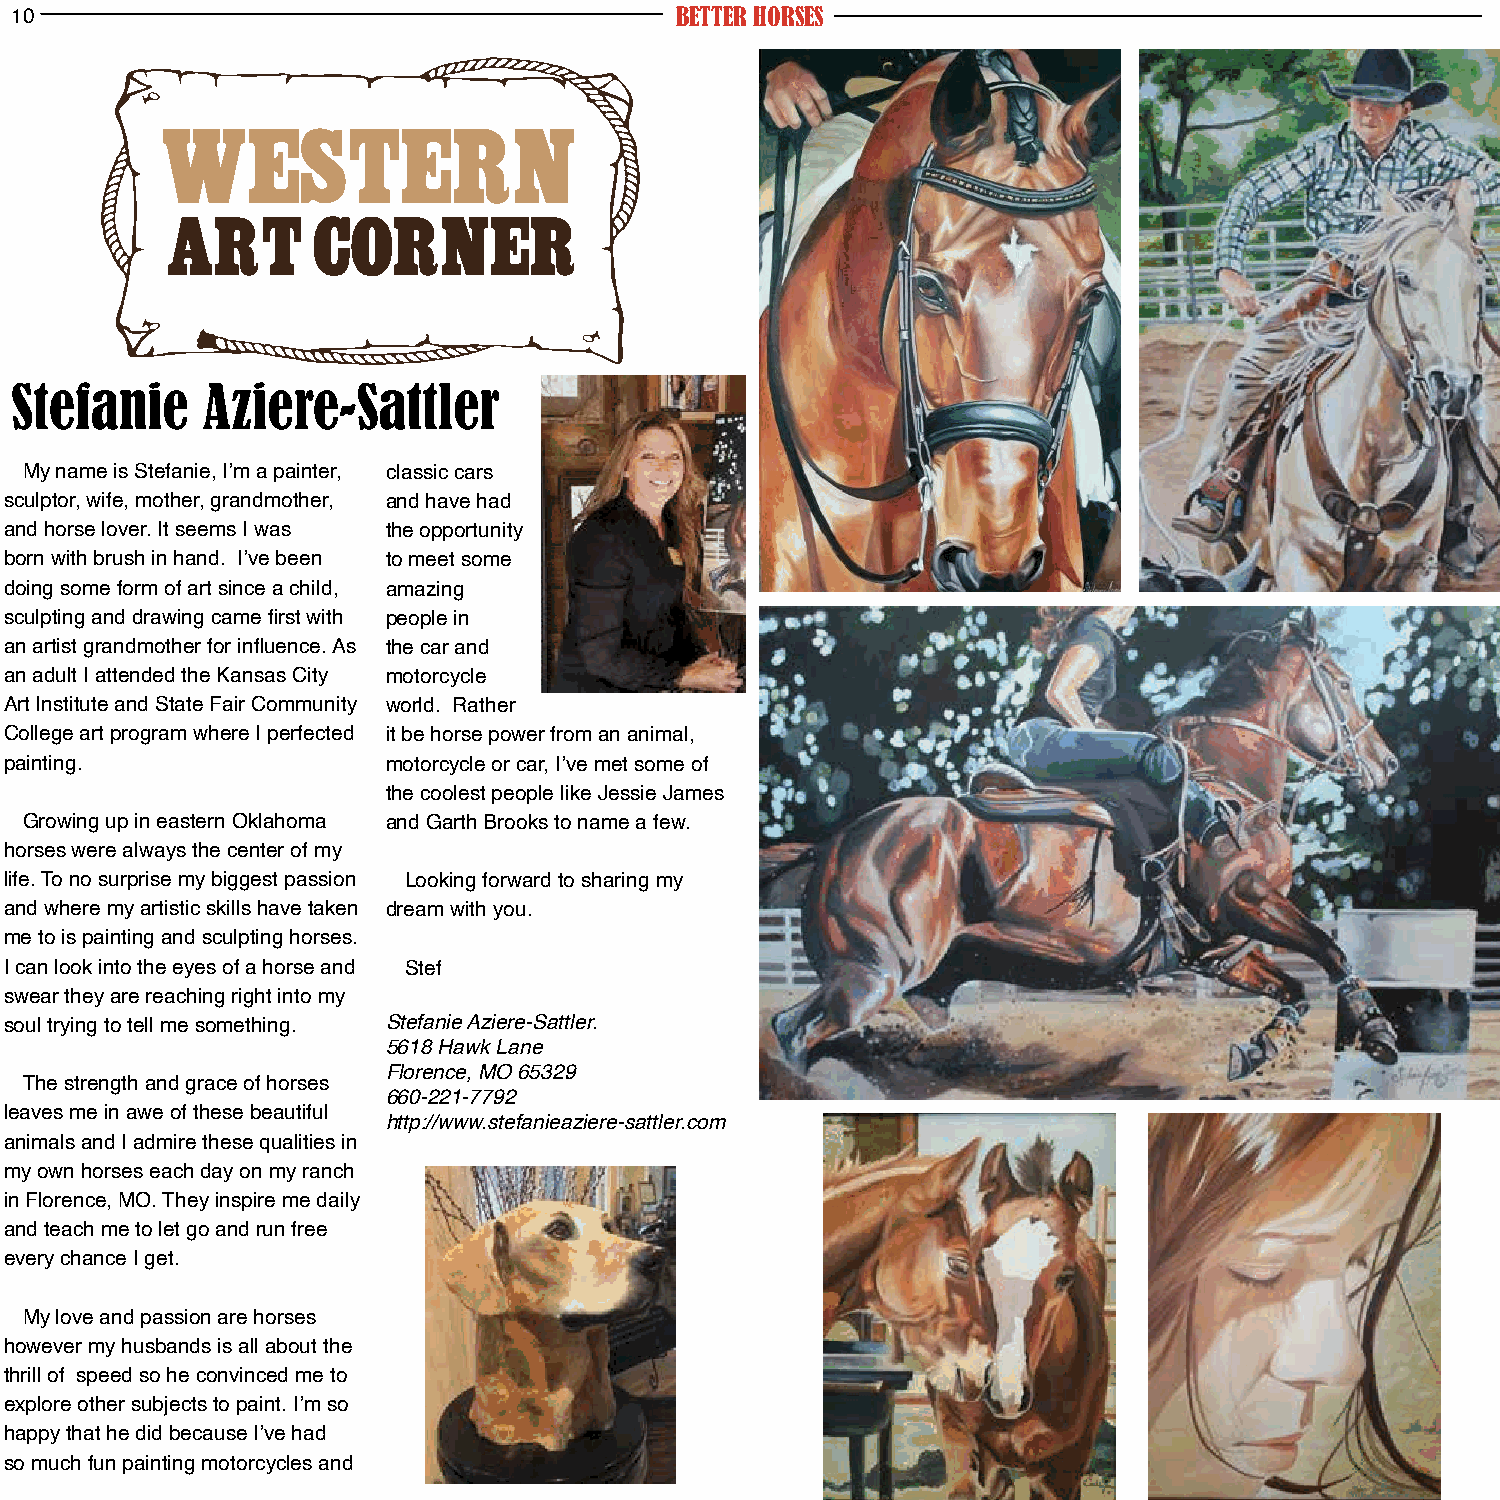
10                                          BETTER HORSES
 Stefanie    Aziere-Sattler
 My name is Stefanie, I’m a painter, classic cars
 sculptor, wife, mother, grandmother, and have had
 and horse lover. It seems I was the opportunity
 born with brush in hand. I’ve been to meet some
 doing some form of art since a child, amazing
 sculpting and drawing came first with people in
 an artist grandmother for influence. As the car and
 an adult I attended the Kansas City motorcycle
 Art Institute and State Fair Community world. Rather
 College art program where I perfected it be horse power from an animal,
 painting.                 motorcycle or car, I’ve met some of
 the coolest people like Jessie James
 Growing up in eastern Oklahoma and Garth Brooks to name a few.
 horses were always the center of my
 life. To no surprise my biggest passion Looking forward to sharing my
 and where my artistic skills have taken dream with you.
 me to is painting and sculpting horses.
 I can look into the eyes of a horse and Stef
 swear they are reaching right into my
 soul trying to tell me something. Stefanie Aziere-Sattler.
 5618 Hawk Lane
 Florence, MO 65329
 The strength and grace of horses
 660-221-7792
 leaves me in awe of these beautiful
 http://www.stefanieaziere-sattler.com
 animals and I admire these qualities in
 my own horses each day on my ranch
 in Florence, MO. They inspire me daily
 and teach me to let go and run free
 every chance I get.
 My love and passion are horses
 however my husbands is all about the
 thrill of speed so he convinced me to
 explore other subjects to paint. I’m so
 happy that he did because I’ve had
 so much fun painting motorcycles and